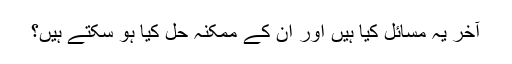
آخر یہ مسائل کیا ہیں اور ان کے ممکنہ حل کیا ہو سکتے ہیں؟